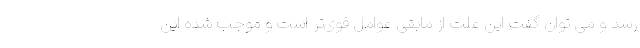
رسد و می توان گفت این علت از مابقی عوامل قوی‌تر است و موجب شده این